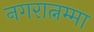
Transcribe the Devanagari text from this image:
नगरात्नम्मा